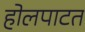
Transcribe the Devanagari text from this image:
होलपाटत